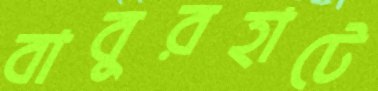
বাবুরহাটে